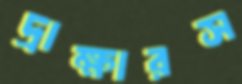
দ্রাক্ষারস